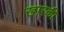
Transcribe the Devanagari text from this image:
खारकी